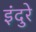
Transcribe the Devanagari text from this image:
इंदुरे